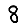
Digit: 8